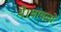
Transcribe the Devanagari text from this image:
थे।घायलों